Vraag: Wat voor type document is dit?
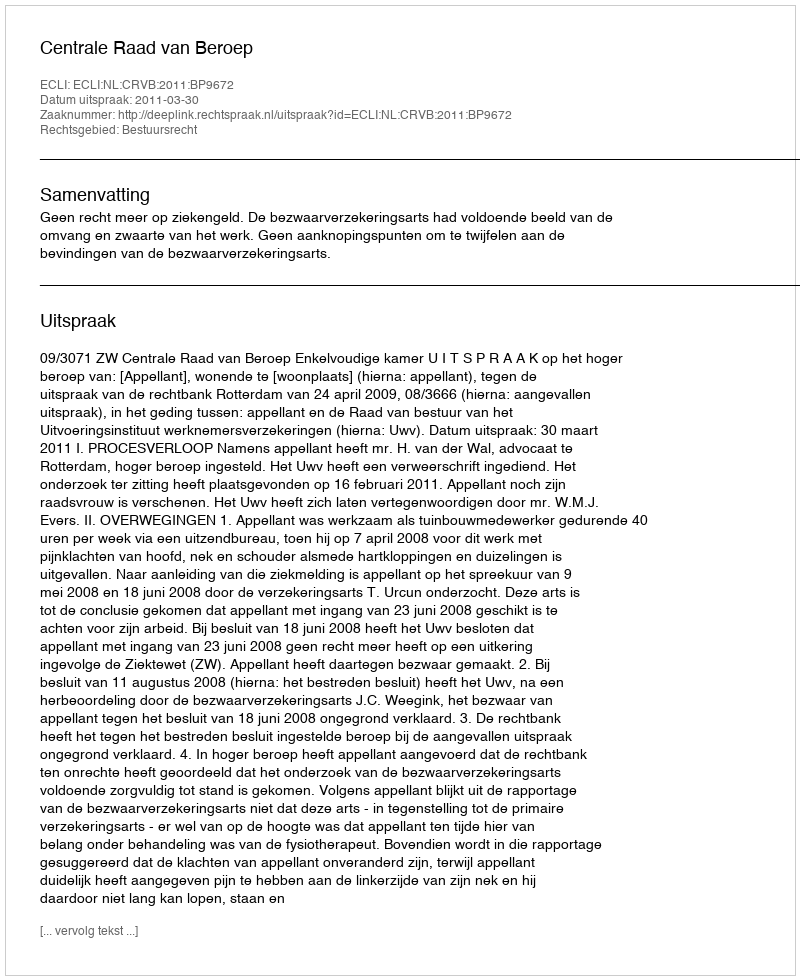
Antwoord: Uitspraak